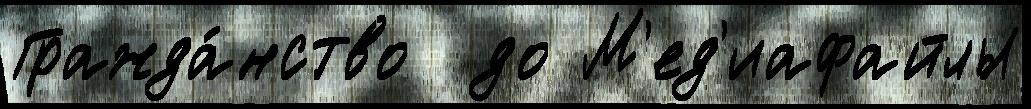
Гражда́нство  до М'ед'иафайлы